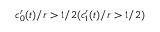
c _ { 0 } ^ { r } ( t ) / r > 1 / 2 ( c _ { 1 } ^ { r } ( t ) / r > 1 / 2 )